DOW-UAP-D48, Department of the Air Force Report, 1996
Agency: Department of War
Incident date: 9/10/96
Page 81
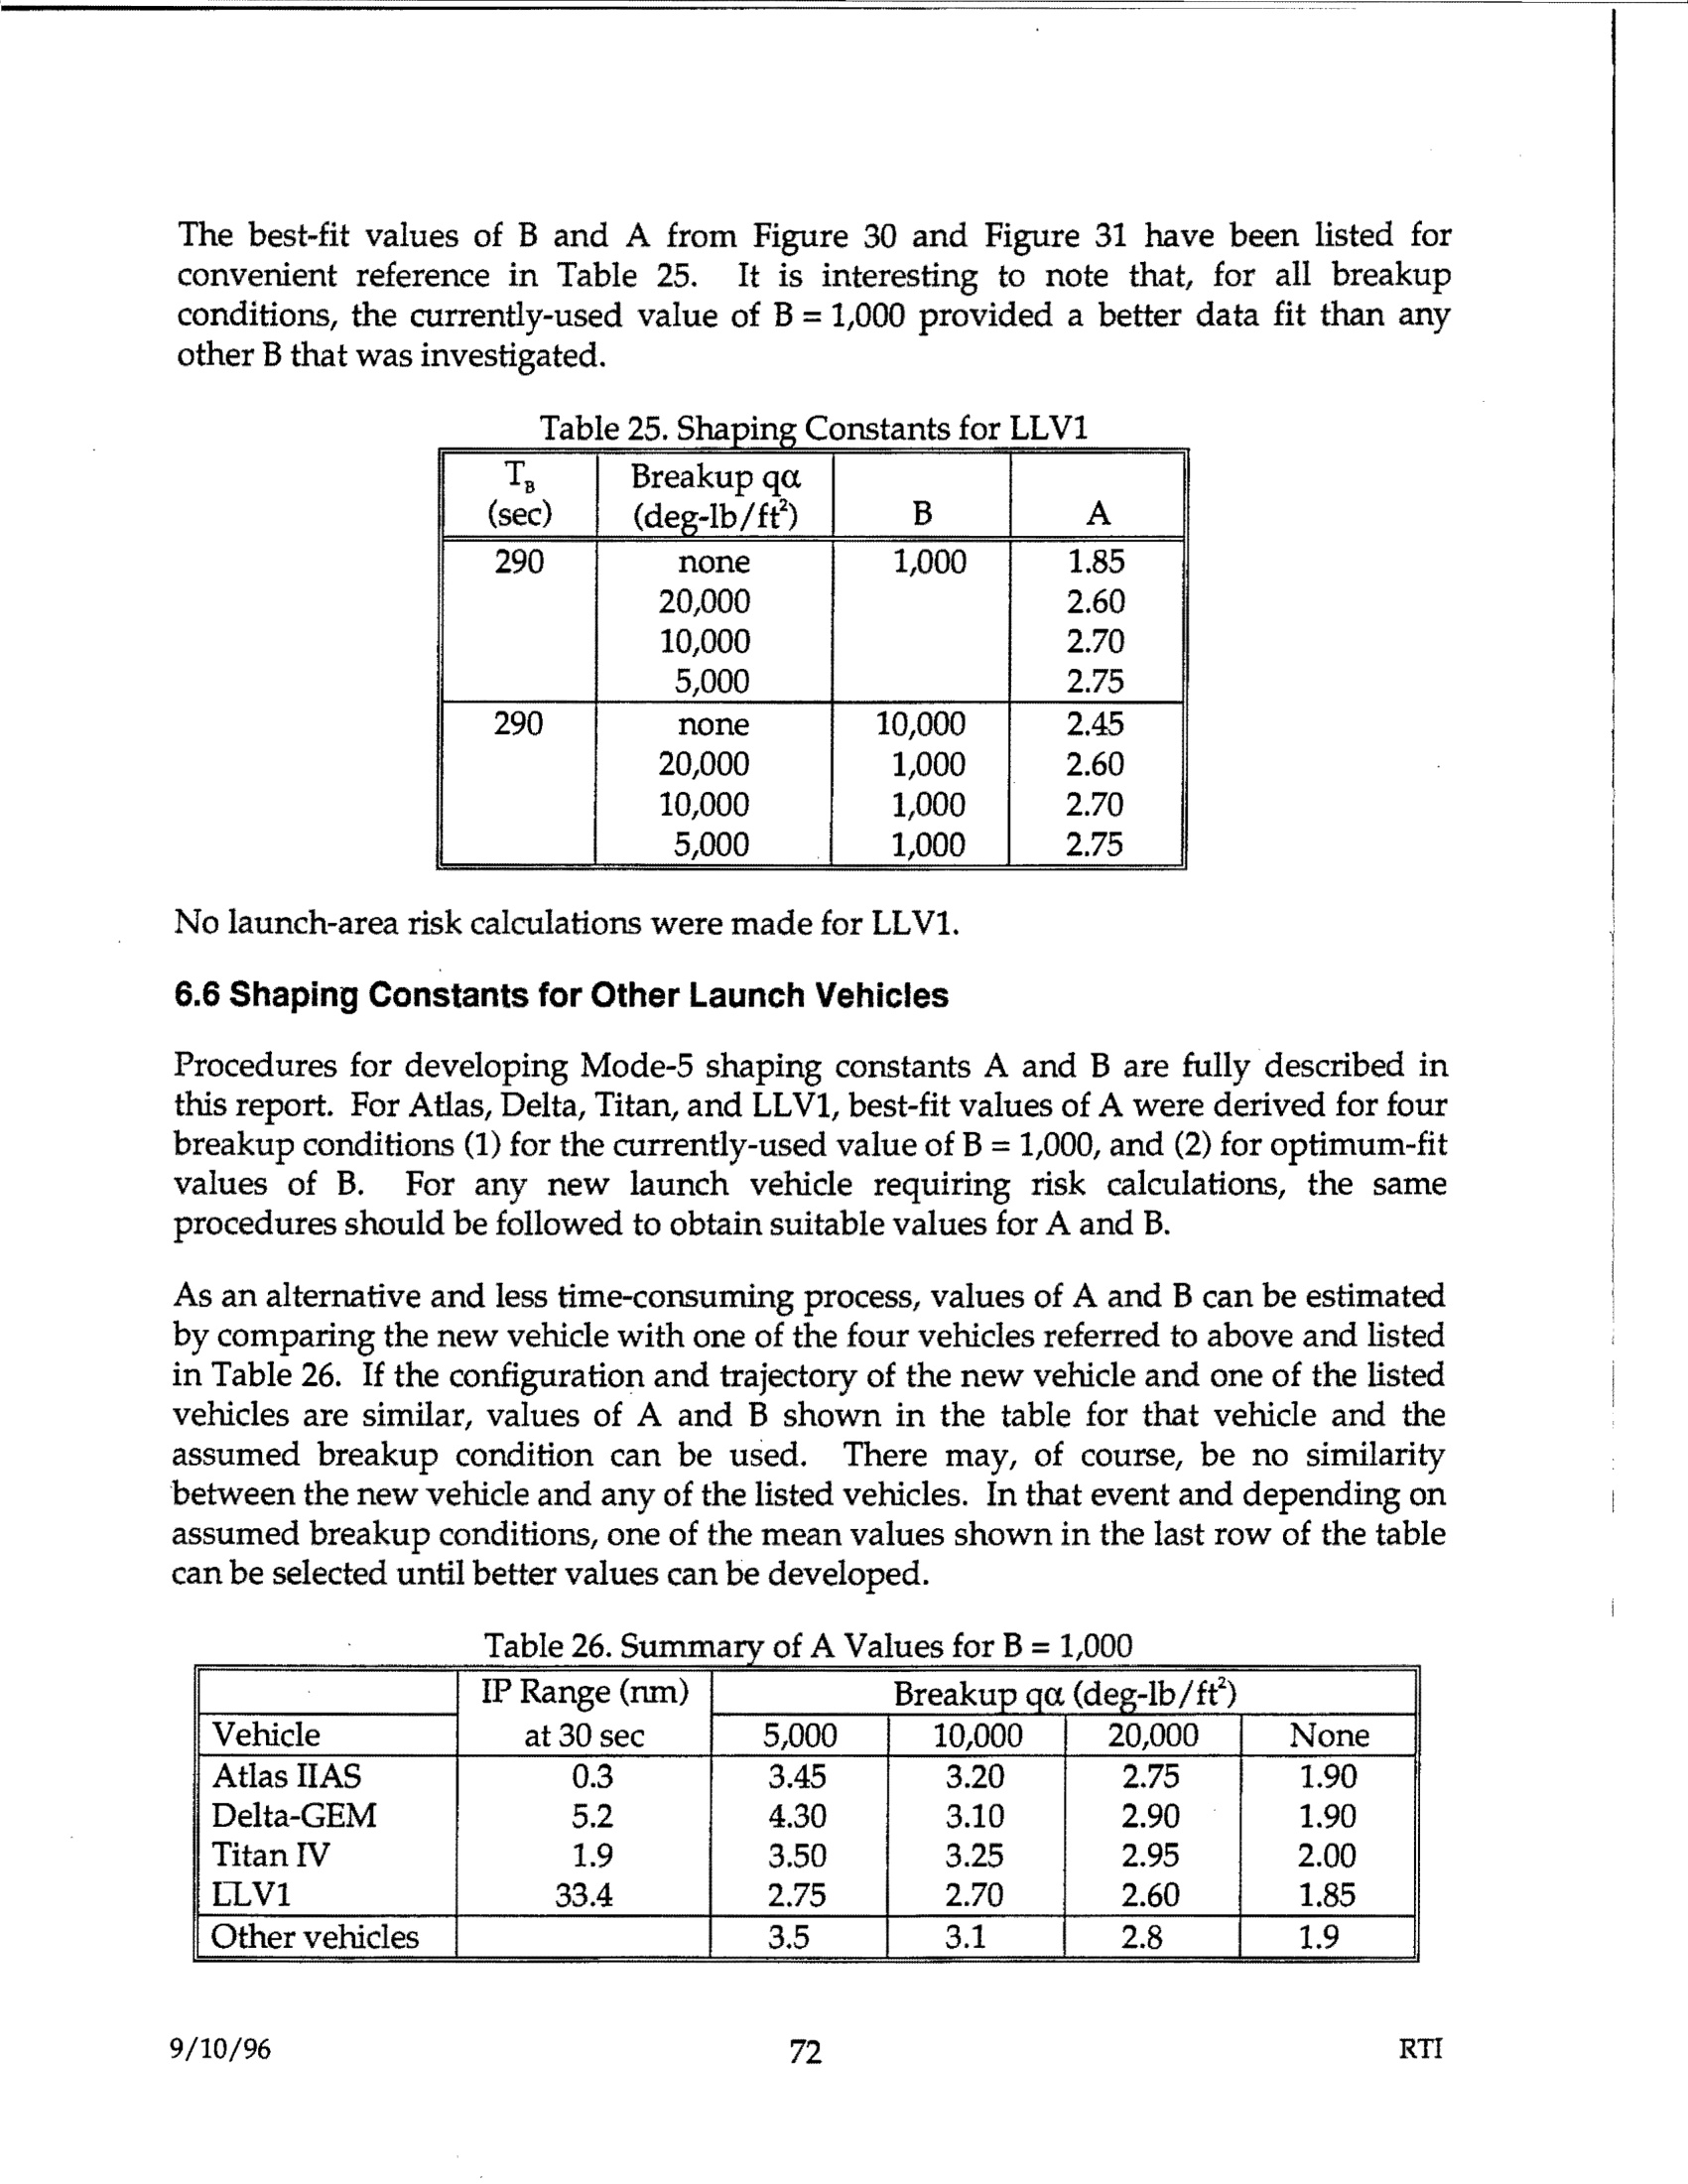